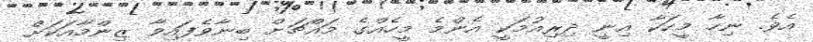
އެވެ. ނިހާ މީހަކާ އިނީ ދިރިއުުމަކީ އެންމެ މީހެއްގެ މައްޗަށް ބިނާވެފައިވާ ޒިންމާއަކަށް